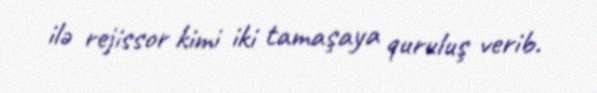
ilə rejissor kimi iki tamaşaya quruluş verib.